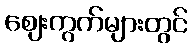
ဈေးကွက်များတွင်